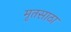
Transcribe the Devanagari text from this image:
मृतसाठा